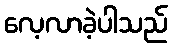
လေ့လာခဲ့ပါသည်